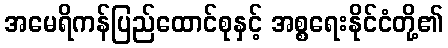
အမေရိကန်ပြည်ထောင်စုနှင့် အစ္စရေးနိုင်ငံတို့၏